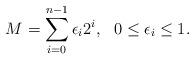
LaTeX: \begin{align*} M = \sum_{i=0}^{n-1} \epsilon_i 2^i, ~~ 0 \leq \epsilon_i \leq 1.\end{align*}